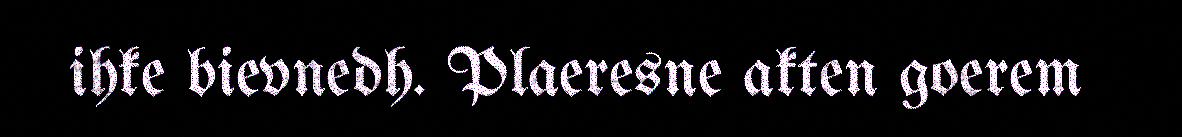
ihke bievnedh. Plaeresne akten goerem